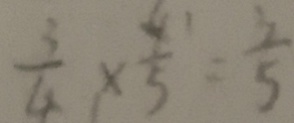
\frac { 3 } { 4 } \times \frac { 4 } { 5 } = \frac { 3 } { 5 }